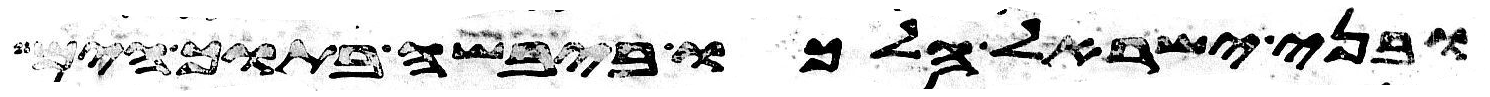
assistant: ובני ישראל הלכו ביבשה בתוך הים